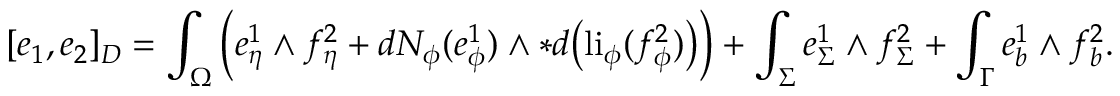
[ e _ { 1 } , e _ { 2 } ] _ { D } = \int _ { \Omega } \Big ( e _ { \eta } ^ { 1 } \wedge f _ { \eta } ^ { 2 } + d N _ { \phi } ( e _ { \phi } ^ { 1 } ) \wedge \ast d \big ( \mathrm { l i } _ { \phi } ( f _ { \phi } ^ { 2 } ) \big ) \Big ) + \int _ { \Sigma } e _ { \Sigma } ^ { 1 } \wedge f _ { \Sigma } ^ { 2 } + \int _ { \Gamma } e _ { b } ^ { 1 } \wedge f _ { b } ^ { 2 } .